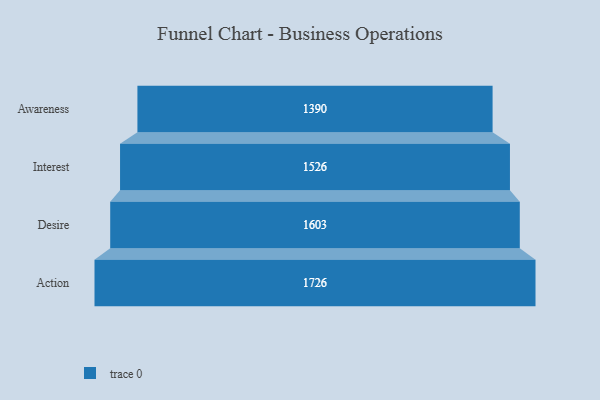
{"axis": {"x": "Stage", "y": "Value"}, "legend": [""], "data": [{"x": "Awareness", "y": 1390.0, "type": ""}, {"x": "Interest", "y": 1526.0, "type": ""}, {"x": "Desire", "y": 1603.0, "type": ""}, {"x": "Action", "y": 1726.0, "type": ""}]}